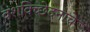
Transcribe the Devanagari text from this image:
वंशविच्छेदनाचे